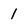
Character: 1